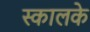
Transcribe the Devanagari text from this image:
स्कालके